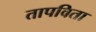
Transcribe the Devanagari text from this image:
तापविता